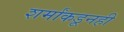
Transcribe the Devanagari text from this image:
शर्मांकडूनही